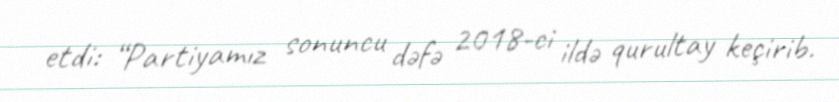
etdi: “Partiyamız sonuncu dəfə 2018-ci ildə qurultay keçirib.